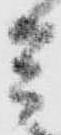
兵